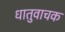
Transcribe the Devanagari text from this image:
धातुवाचक